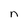
Character: n